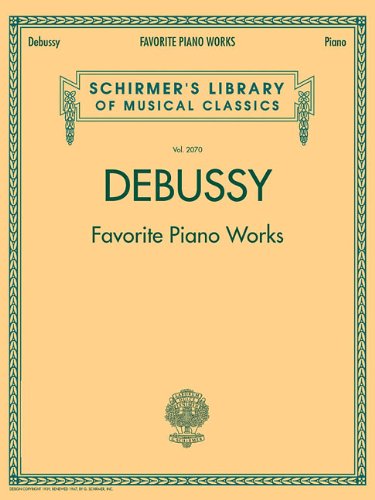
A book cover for Debussy - Favorite Piano Works (Schirmer's Library of Musical Classics); Humor & Entertainment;